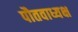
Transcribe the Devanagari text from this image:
पौतवाध्यक्ष